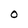
Character: O